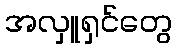
အလှူရှင်တွေ